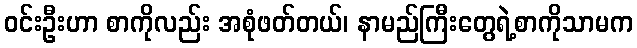
ဝင်းဦးဟာ စာကိုလည်း အစုံဖတ်တယ်၊ နာမည်ကြီးတွေရဲ့စာကိုသာမက